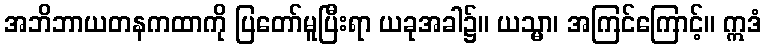
အဘိဘာယတနကထာကို ပြတော်မူပြီးရာ ယခုအခါ၌။ ယသ္မာ၊ အကြင်ကြောင့်။ ဣဒံ